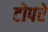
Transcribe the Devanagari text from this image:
टोपरे